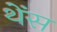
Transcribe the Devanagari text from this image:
थेंस